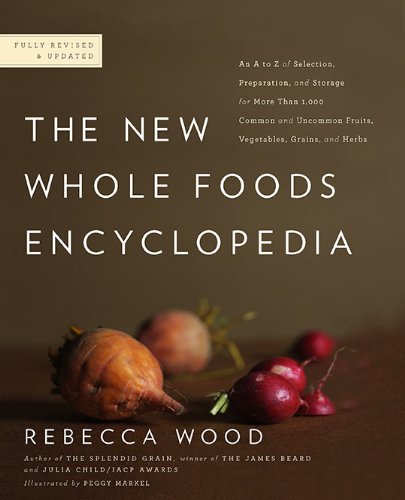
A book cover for The New Whole Foods Encyclopedia: A Comprehensive Resource for Healthy Eating; Rebecca Wood; Cookbooks, Food & Wine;